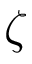
\zeta